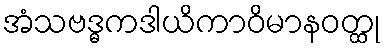
အံသဗဒ္ဓကဒါယိကာဝိမာနဝတ္ထု